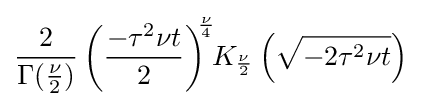
{\frac {2}{\Gamma ({\frac {\nu }{2}})}}\left({\frac {-\tau ^{2}\nu t}{2}}\right)^{\!\!{\frac {\nu }{4}}}\!\!K_{\frac {\nu }{2}}\left({\sqrt {-2\tau ^{2}\nu t}}\right)